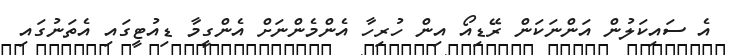
އެ ސައިކަލުން އަންނަކަން ރޭޑިއޯ އިން ހުރިހާ އެންމެންނަށް އެންގީމާ ޑިއުޓީގައި އެތަނުގައި